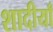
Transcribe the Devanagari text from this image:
शादीयाँ